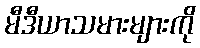
မီဒီယာသမားများကို